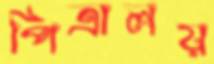
পিত্রালয়